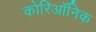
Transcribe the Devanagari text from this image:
कोरिऑनिक